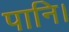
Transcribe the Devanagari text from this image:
पानि।